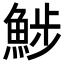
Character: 𩷖